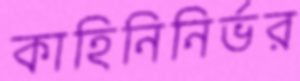
কাহিনিনির্ভর